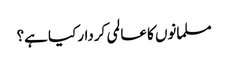
مسلمانوں کا عالمی کردار کیا ہے؟